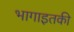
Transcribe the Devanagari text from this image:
भागाइतकी